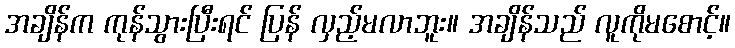
အချိန်က ကုန်သွားပြီးရင် ပြန် လှည့်မလာဘူး။ အချိန်သည် လူကိုမစောင့်။